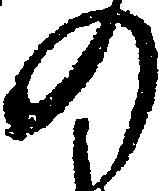
の